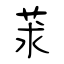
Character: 莍